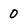
Character: 0